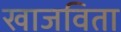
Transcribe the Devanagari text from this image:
खाजविता